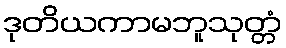
ဒုတိယကာမဘူသုတ္တံ